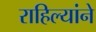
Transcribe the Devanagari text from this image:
राहिल्यांने